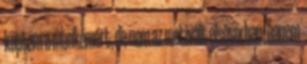
kaptam a munkámért, de nem az motivált elsősorban, hanem